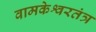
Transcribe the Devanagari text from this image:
वामकेश्वरतंत्र